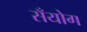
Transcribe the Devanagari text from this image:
सँयोग